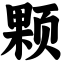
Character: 颗